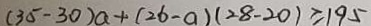
( 3 5 - 3 0 ) a + ( 2 6 - a ) ( 2 8 - 2 0 ) \geq 1 9 5